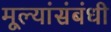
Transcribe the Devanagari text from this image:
मूल्यांसंबंधी